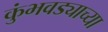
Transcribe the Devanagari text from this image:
कुंभवड्याच्या